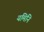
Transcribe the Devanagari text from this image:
यमिनि